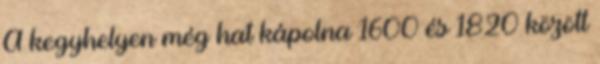
A kegyhelyen még hat kápolna 1600 és 1820 között